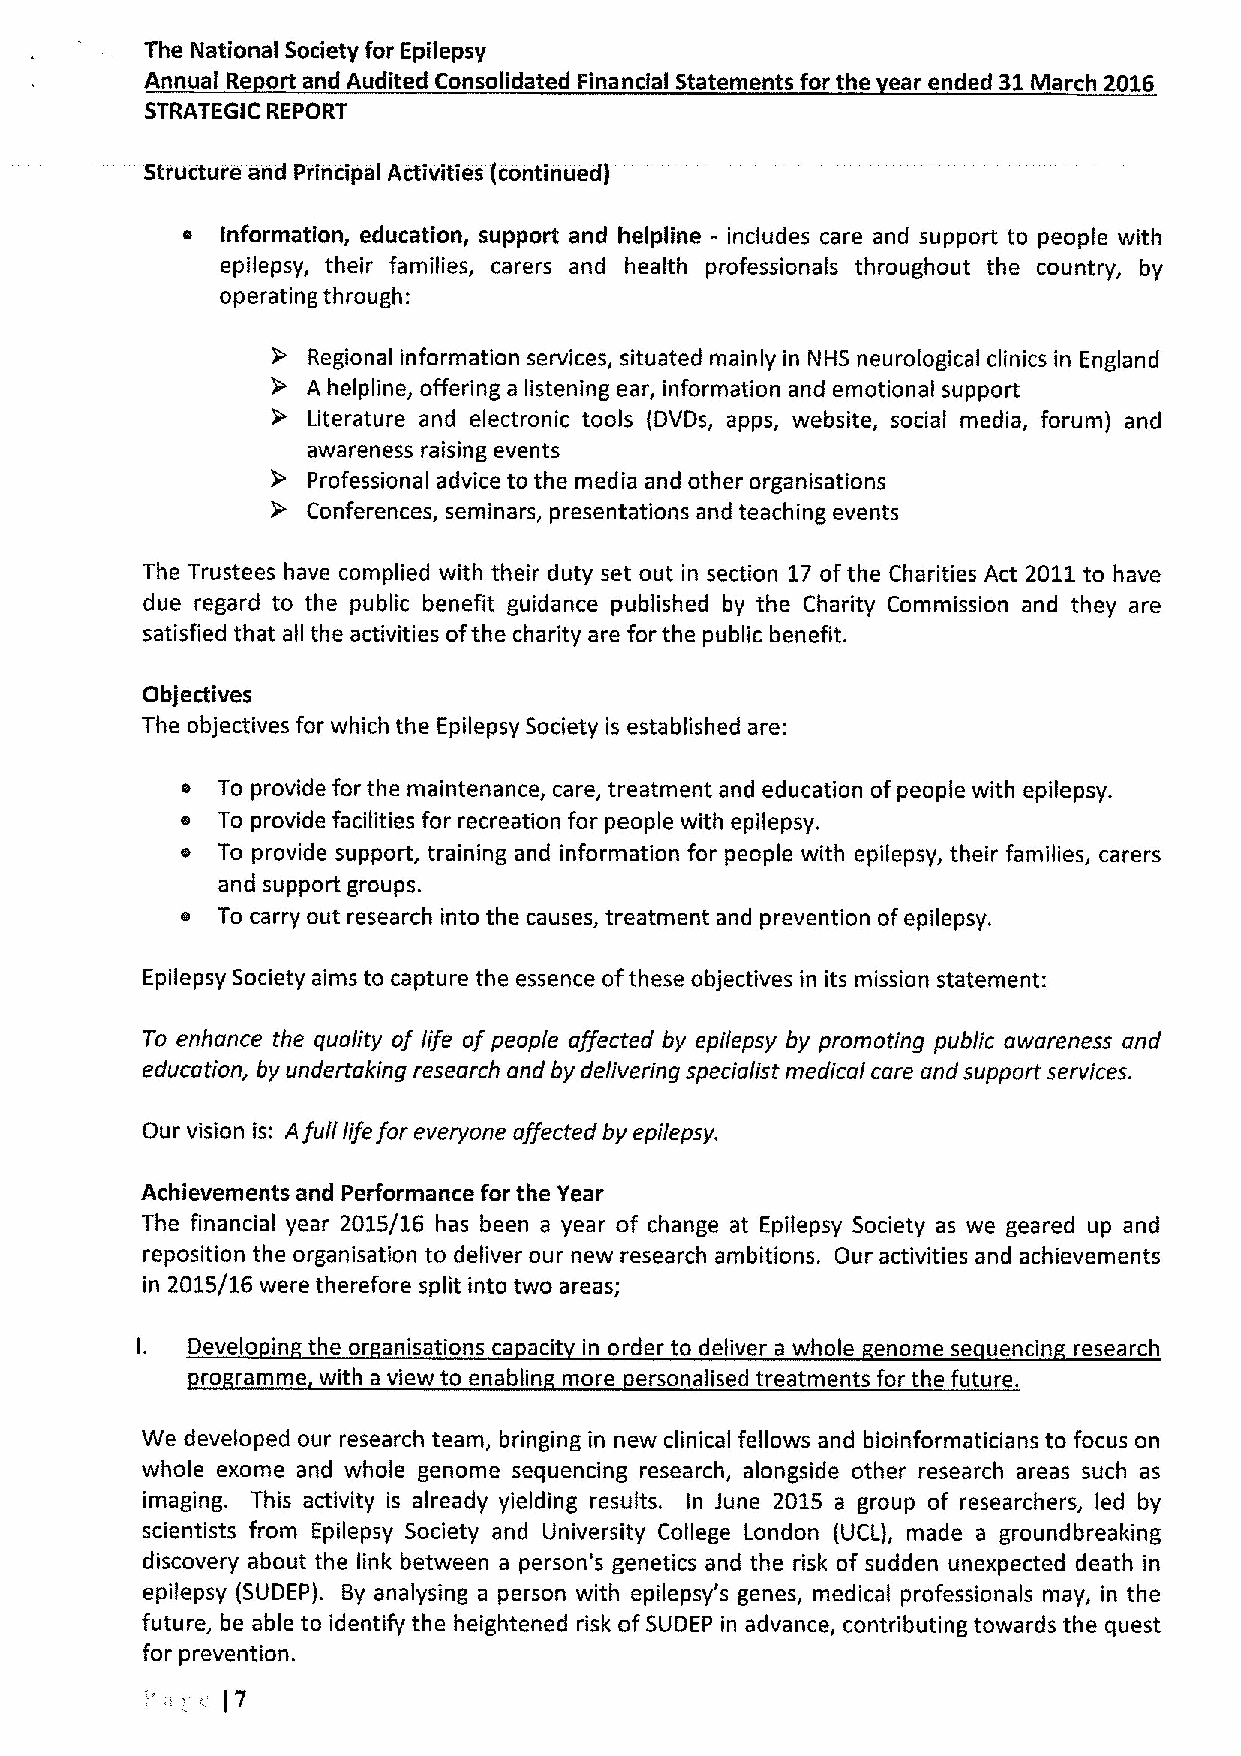
The National Society for Epilepsy
 Annual Re ort and Audited Consolidated Financial Statements for the ear ended 31March 2016
 STRATEGIC REPORT
 Structure and Principal Activities (continued)
 s  Information, education, support and helpline - includes care and support to people with
 epilepsy, their families, carers and health professionals throughout the country, by
 operating through:
 Regional information services, situated mainly in NHS neurological clinics in England
 A helpline, offering a listening ear, information and emotional support
 Literature and electronic tools (DVDs, apps, website, social media, forum) and
 awareness raising events
 Professional advice to the media and other organisations
 Conferences, seminars, presentations and teaching events
 The Trustees have complied with their duty set out in section 17ofthe Charities Act 2011to have
 due regard to the public benefit guidance published by the Charity Commission and they are
 satisfied that all the activities ofthe charity are for the public benefit.
 Objectives
 The objectives for which the Epilepsy Society is established are:
 s To provide for the maintenance, care, treatment and education ofpeople with epilepsy.
 e To provide facilities for recreation for people with epilepsy.
 o To provide support, training and information for people with epilepsy, their families, carers
 and support groups.
 o To carry out research into the causes, treatment and prevention ofepilepsy.
 Epilepsy Society aims to capture the essence ofthese objectives in its mission statement:
 To enhance the quality of life of people affected by epilepsy by promoting public awareness and
 education, by undertaking research and by delivering specialist medical care ond support services.
 Our vision is: Afull lifefor everyone affected by epilepsy.
 Achievements and Performance for the Year
 The financial year 2015/16 has been a year of change at Epilepsy Society as we geared up and
 reposition the organisation to deliver our new research ambitions. Our activities and achievements
 in 2015/16 were therefore split into two areas;
 I. Develo in the or anisations ca acit in order to deliver a whole enome se uencin research
 ro ramme with aviewtoenablin more ersonalisedtreatmentsforthefuture.
 We developed our research team, bringing in new clinical fellows and bioinformaticians to focus on
 whole exome and whole genome sequencing research, alongside other research areas such as
 imaging. This activity is already yielding results. In June 2015 a group of researchers, led by
 scientists from Epilepsy Society and University College London (UCL), made a groundbreaking
 discovery about the link between a person's genetics and the risk of sudden unexpected death in
 epilepsy (SUDEP). By analysing a person with epilepsy's genes, medical professionals may, in the
 future, be able to identify the heightened risk ofSUDEP in advance, contributing towards the quest
 for prevention.